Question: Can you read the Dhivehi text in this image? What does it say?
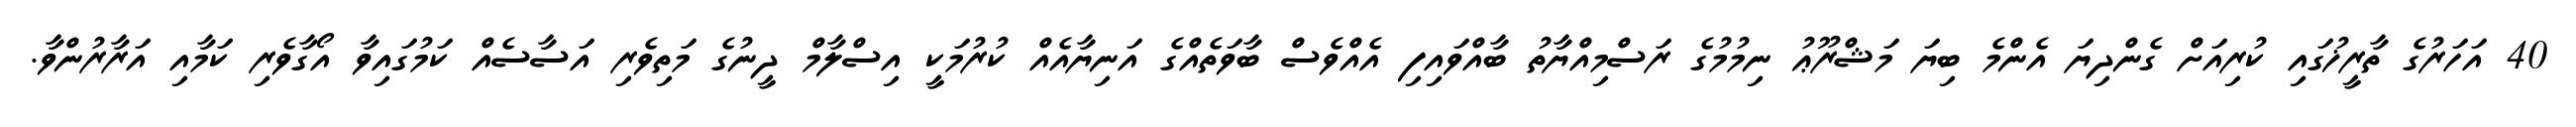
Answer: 40 އަހަރުގެ ތާރީޚުގައި ކުރިއަށް ގެންދިޔަ އެންމެ ބިޔަ މަޝްރޫޢު ނިމުމުގެ ރަސްމިއްޔާތު ބާއްވައިފި އެއްވެސް ބާވަތެއްގެ އަނިޔާއެއް ކުރުމަކީ އިސްލާމް ދީނުގެ މަތިވެރި އަސާސެއް ކަމުގައިވާ އޯގާވެރި ކަމާއި އަރާރުންވާ.